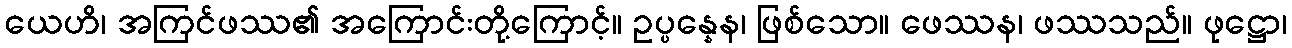
ယေဟိ၊ အကြင်ဖဿ၏ အကြောင်းတို့ကြောင့်။ ဥပ္ပန္နေန၊ ဖြစ်သော။ ဖေဿန၊ ဖဿသည်။ ဖုဋ္ဌော၊